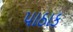
પાઠાક